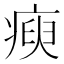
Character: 瘐